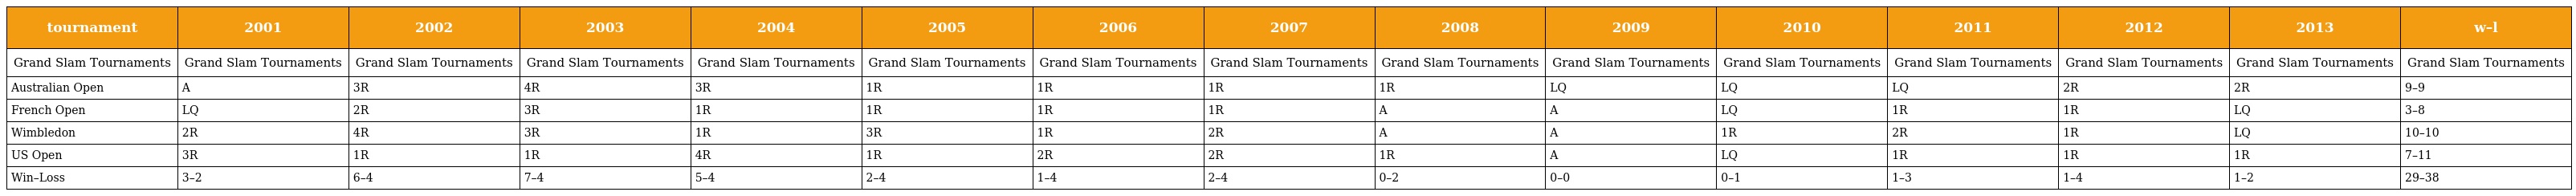
| tournament | 2001 | 2002 | 2003 | 2004 | 2005 | 2006 | 2007 | 2008 | 2009 | 2010 | 2011 | 2012 | 2013 | w–l |
 | --- | --- | --- | --- | --- | --- | --- | --- | --- | --- | --- | --- | --- | --- | --- |
 | Grand Slam Tournaments | Grand Slam Tournaments | Grand Slam Tournaments | Grand Slam Tournaments | Grand Slam Tournaments | Grand Slam Tournaments | Grand Slam Tournaments | Grand Slam Tournaments | Grand Slam Tournaments | Grand Slam Tournaments | Grand Slam Tournaments | Grand Slam Tournaments | Grand Slam Tournaments | Grand Slam Tournaments | Grand Slam Tournaments |
 | Australian Open | A | 3R | 4R | 3R | 1R | 1R | 1R | 1R | LQ | LQ | LQ | 2R | 2R | 9–9 |
 | French Open | LQ | 2R | 3R | 1R | 1R | 1R | 1R | A | A | LQ | 1R | 1R | LQ | 3–8 |
 | Wimbledon | 2R | 4R | 3R | 1R | 3R | 1R | 2R | A | A | 1R | 2R | 1R | LQ | 10–10 |
 | US Open | 3R | 1R | 1R | 4R | 1R | 2R | 2R | 1R | A | LQ | 1R | 1R | 1R | 7–11 |
 | Win–Loss | 3–2 | 6–4 | 7–4 | 5–4 | 2–4 | 1–4 | 2–4 | 0–2 | 0–0 | 0–1 | 1–3 | 1–4 | 1–2 | 29–38 |